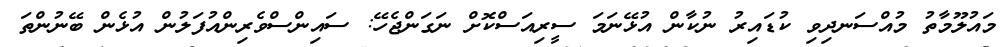
މައުލޫމާތު މުއްސަނދިވި ކުޑައިރު ނުކާން އުޅޭނަމަ ސީރިއަސްކޮށް ނަގަންޖެހޭ: ސައިންސްވެރިންއުފަލުން އުޅެން ބޭނުންތަ